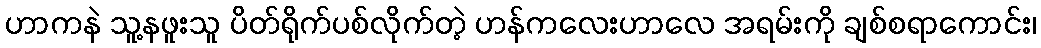
ဟာကနဲ သူ့နဖူးသူ ပိတ်ရိုက်ပစ်လိုက်တဲ့ ဟန်ကလေးဟာလေ အရမ်းကို ချစ်စရာကောင်း၊